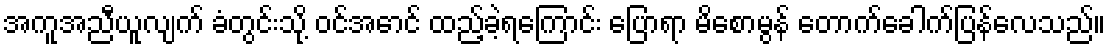
အကူအညီယူလျက် ခံတွင်းသို့ ဝင်အောင် ထည့်ခဲ့ရကြောင်း ပြောရာ မိစောမွန် တောက်ခေါက်ပြန်လေသည်။